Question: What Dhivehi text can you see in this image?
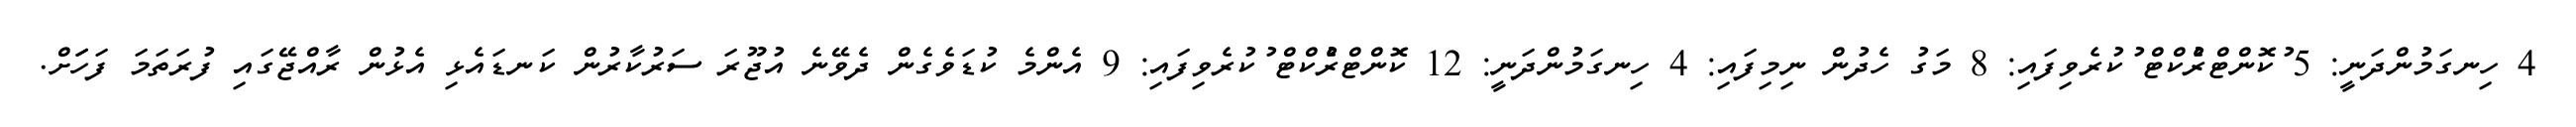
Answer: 4 ހިނގަމުންދަނީ: 5 ުކޮންޓްރެުކްޓް ުކުރެވިފައި: 8 މަގު ހެދުން ނިމިފައި: 4 ހިނގަމުންދަނީ: 12 ކޮންޓްރެުކްޓް ުކުރެވިފައި: 9 އެންމެ ކުޑަވެގެން ދެވޭނެ އުޖޫރަ ސަރުކާރުން ކަނޑައެޅި އެޅުން ރާއްޖޭގައި ފުރަތަމަ ފަހަަށް.